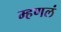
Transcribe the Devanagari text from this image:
म्हणलं